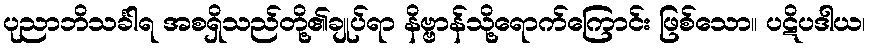
ပုညာဘိသင်္ခါရ အစရှိသည်တို့၏ချုပ်ရာ နိဗ္ဗာန်သို့ရောက်ကြောင်း ဖြစ်သော။ ပဋိပဒါယ၊